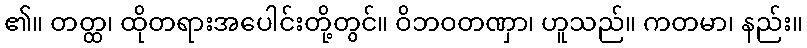
၏။ တတ္ထ၊ ထိုတရားအပေါင်းတို့တွင်။ ဝိဘဝတဏှာ၊ ဟူသည်။ ကတမာ၊ နည်း။